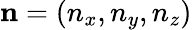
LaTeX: \mathbf{n}=(n_{x},n_{y},n_{z})